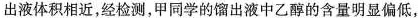
出液体积相近，经检测，甲同学的馏出液中乙醇的含量明显偏低，